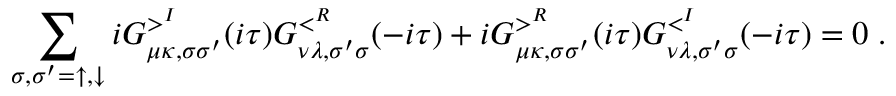
\sum _ { \sigma , \sigma ^ { \prime } = \uparrow , \downarrow } i G _ { \mu \kappa , \sigma \sigma ^ { \prime } } ^ { > ^ { I } } ( i \tau ) G _ { \nu \lambda , \sigma ^ { \prime } \sigma } ^ { < ^ { R } } ( - i \tau ) + i G _ { \mu \kappa , \sigma \sigma ^ { \prime } } ^ { > ^ { R } } ( i \tau ) G _ { \nu \lambda , \sigma ^ { \prime } \sigma } ^ { < ^ { I } } ( - i \tau ) = 0 \; .